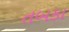
તબકા